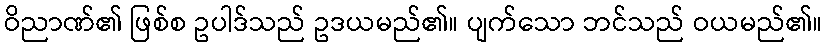
ဝိညာဏ်၏ ဖြစ်စ ဥပါဒ်သည် ဥဒယမည်၏။ ပျက်သော ဘင်သည် ဝယမည်၏။